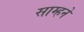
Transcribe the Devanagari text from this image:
साम्हने